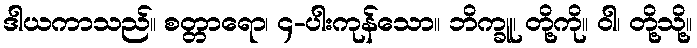
ဒါယကာသည်။ စတ္တာရော၊ ၄-ပါးကုန်သော။ ဘိက္ခူ၊ တို့ကို။ ဝါ၊ တို့သို့။